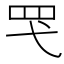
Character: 𮉽